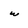
Character: w